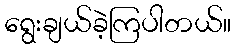
ရွေးချယ်ခဲ့ကြပါတယ်။